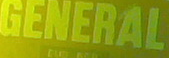
GENERAL